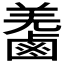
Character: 𪉬